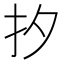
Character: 𪭜